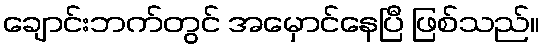
ချောင်းဘက်တွင် အမှောင်နေပြီ ဖြစ်သည်။